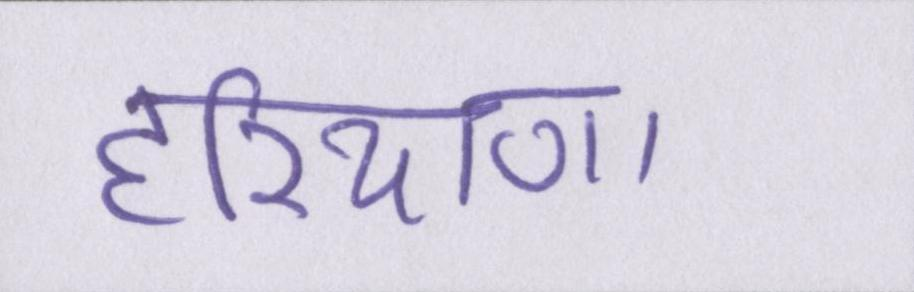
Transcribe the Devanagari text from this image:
हरियाणा